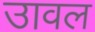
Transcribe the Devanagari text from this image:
उावल